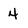
Character: 4